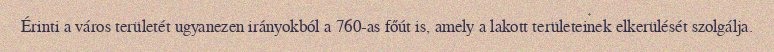
Érinti a város területét ugyanezen irányokból a 760-as főút is, amely a lakott területeinek elkerülését szolgálja.